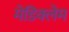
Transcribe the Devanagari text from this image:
मेडिक्लेम